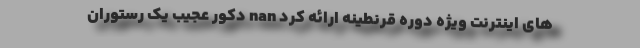
های اینترنت ویژه دوره قرنطینه ارائه کرد nan دکور عجیب یک رستوران